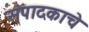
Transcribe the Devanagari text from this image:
संपादकाचे